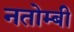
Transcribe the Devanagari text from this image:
नतोम्बी